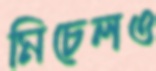
মিচেলও